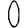
Digit: 0